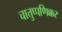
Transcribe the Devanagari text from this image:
चात्तुप्पणिक्कर